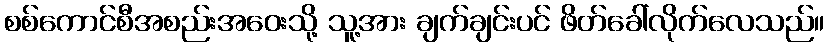
စစ်ကောင်စီအစည်းအဝေးသို့ သူ့အား ချက်ချင်းပင် ဖိတ်ခေါ်လိုက်လေသည်။